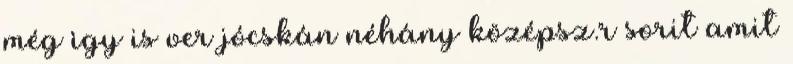
még ìgy is ver jócskán néhány középsz.r sorit amit